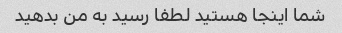
شما اینجا هستید لطفا رسید به من بدهید